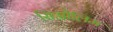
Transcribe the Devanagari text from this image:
सिओलिम